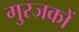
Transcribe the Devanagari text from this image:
गुरजकों